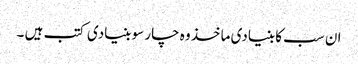
ان سب کا بنیادی ماخذ وہ چار سو بنیادی کتب ہیں ۔